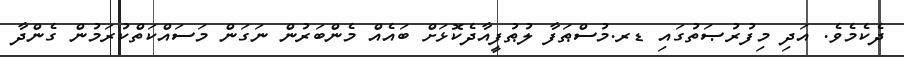
ދެކެމެވެ. އަދި މިފުރުޞަތުގައި ޑރ.މުސްޠަފާ ލުޠުފީއާދެކޮޅަށް ބައެއް މެންބަރުން ނަގަން މަސައްކަތްކުރަމުން ގެންދާ